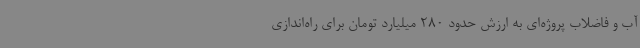
آب و فاضلاب پروژه‌ای به ارزش حدود 280 میلیارد تومان برای راه‌اندازی